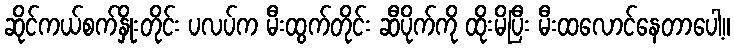
ဆိုင်ကယ်စက်နှိုးတိုင်း ပလပ်က မီးထွက်တိုင်း ဆီပိုက်ကို ထိုးမိပြီး မီးထလောင်နေတာပေါ့။